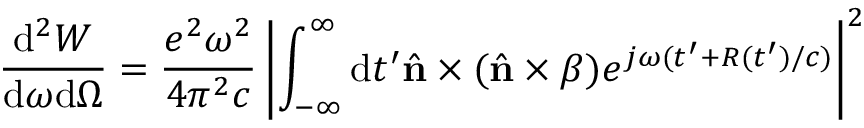
\frac { \mathrm { d } ^ { 2 } W } { \mathrm { d } \omega \mathrm { d } \Omega } = \frac { e ^ { 2 } \omega ^ { 2 } } { 4 \pi ^ { 2 } c } \left\vert \int _ { - \infty } ^ { \infty } \mathrm { d } t ^ { \prime } { \hat { \mathbf { n } } \times ( \hat { \mathbf { n } } \times \boldsymbol { \beta } ) } e ^ { j \omega ( t ^ { \prime } + R ( t ^ { \prime } ) / c ) } \right\vert ^ { 2 }